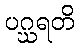
ပဂ္ဃရတိ